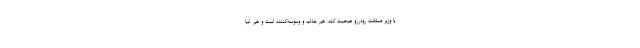
با وزير مملكت رودررو صحبت كند، هم جذاب و وسوسه‌كننده است و هم غبا